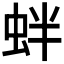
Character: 𧉻